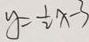
y = \frac { 1 } { 2 } x - 3